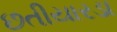
છતીયારડા